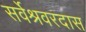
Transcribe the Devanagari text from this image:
सर्वेश्रवरदास